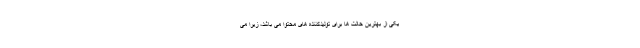
یکی از بهترین حالت ها برای تولیدکننده های محتوا می باشد، زیرا می